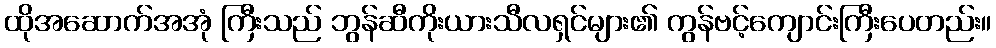
ထိုအဆောက်အအုံ ကြီးသည် ဘွန်ဆီကိုးယားသီလရှင်များ၏ ကွန်ဗင့်ကျောင်းကြီးပေတည်း။